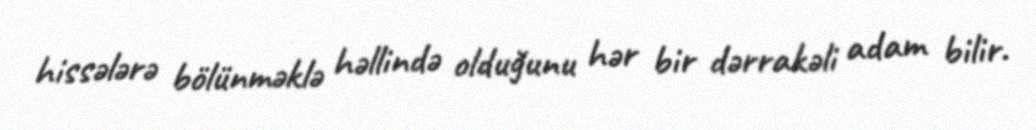
hissələrə bölünməklə həllində olduğunu hər bir dərrakəli adam bilir.